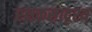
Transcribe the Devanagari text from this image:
रक्षकसादृश्य